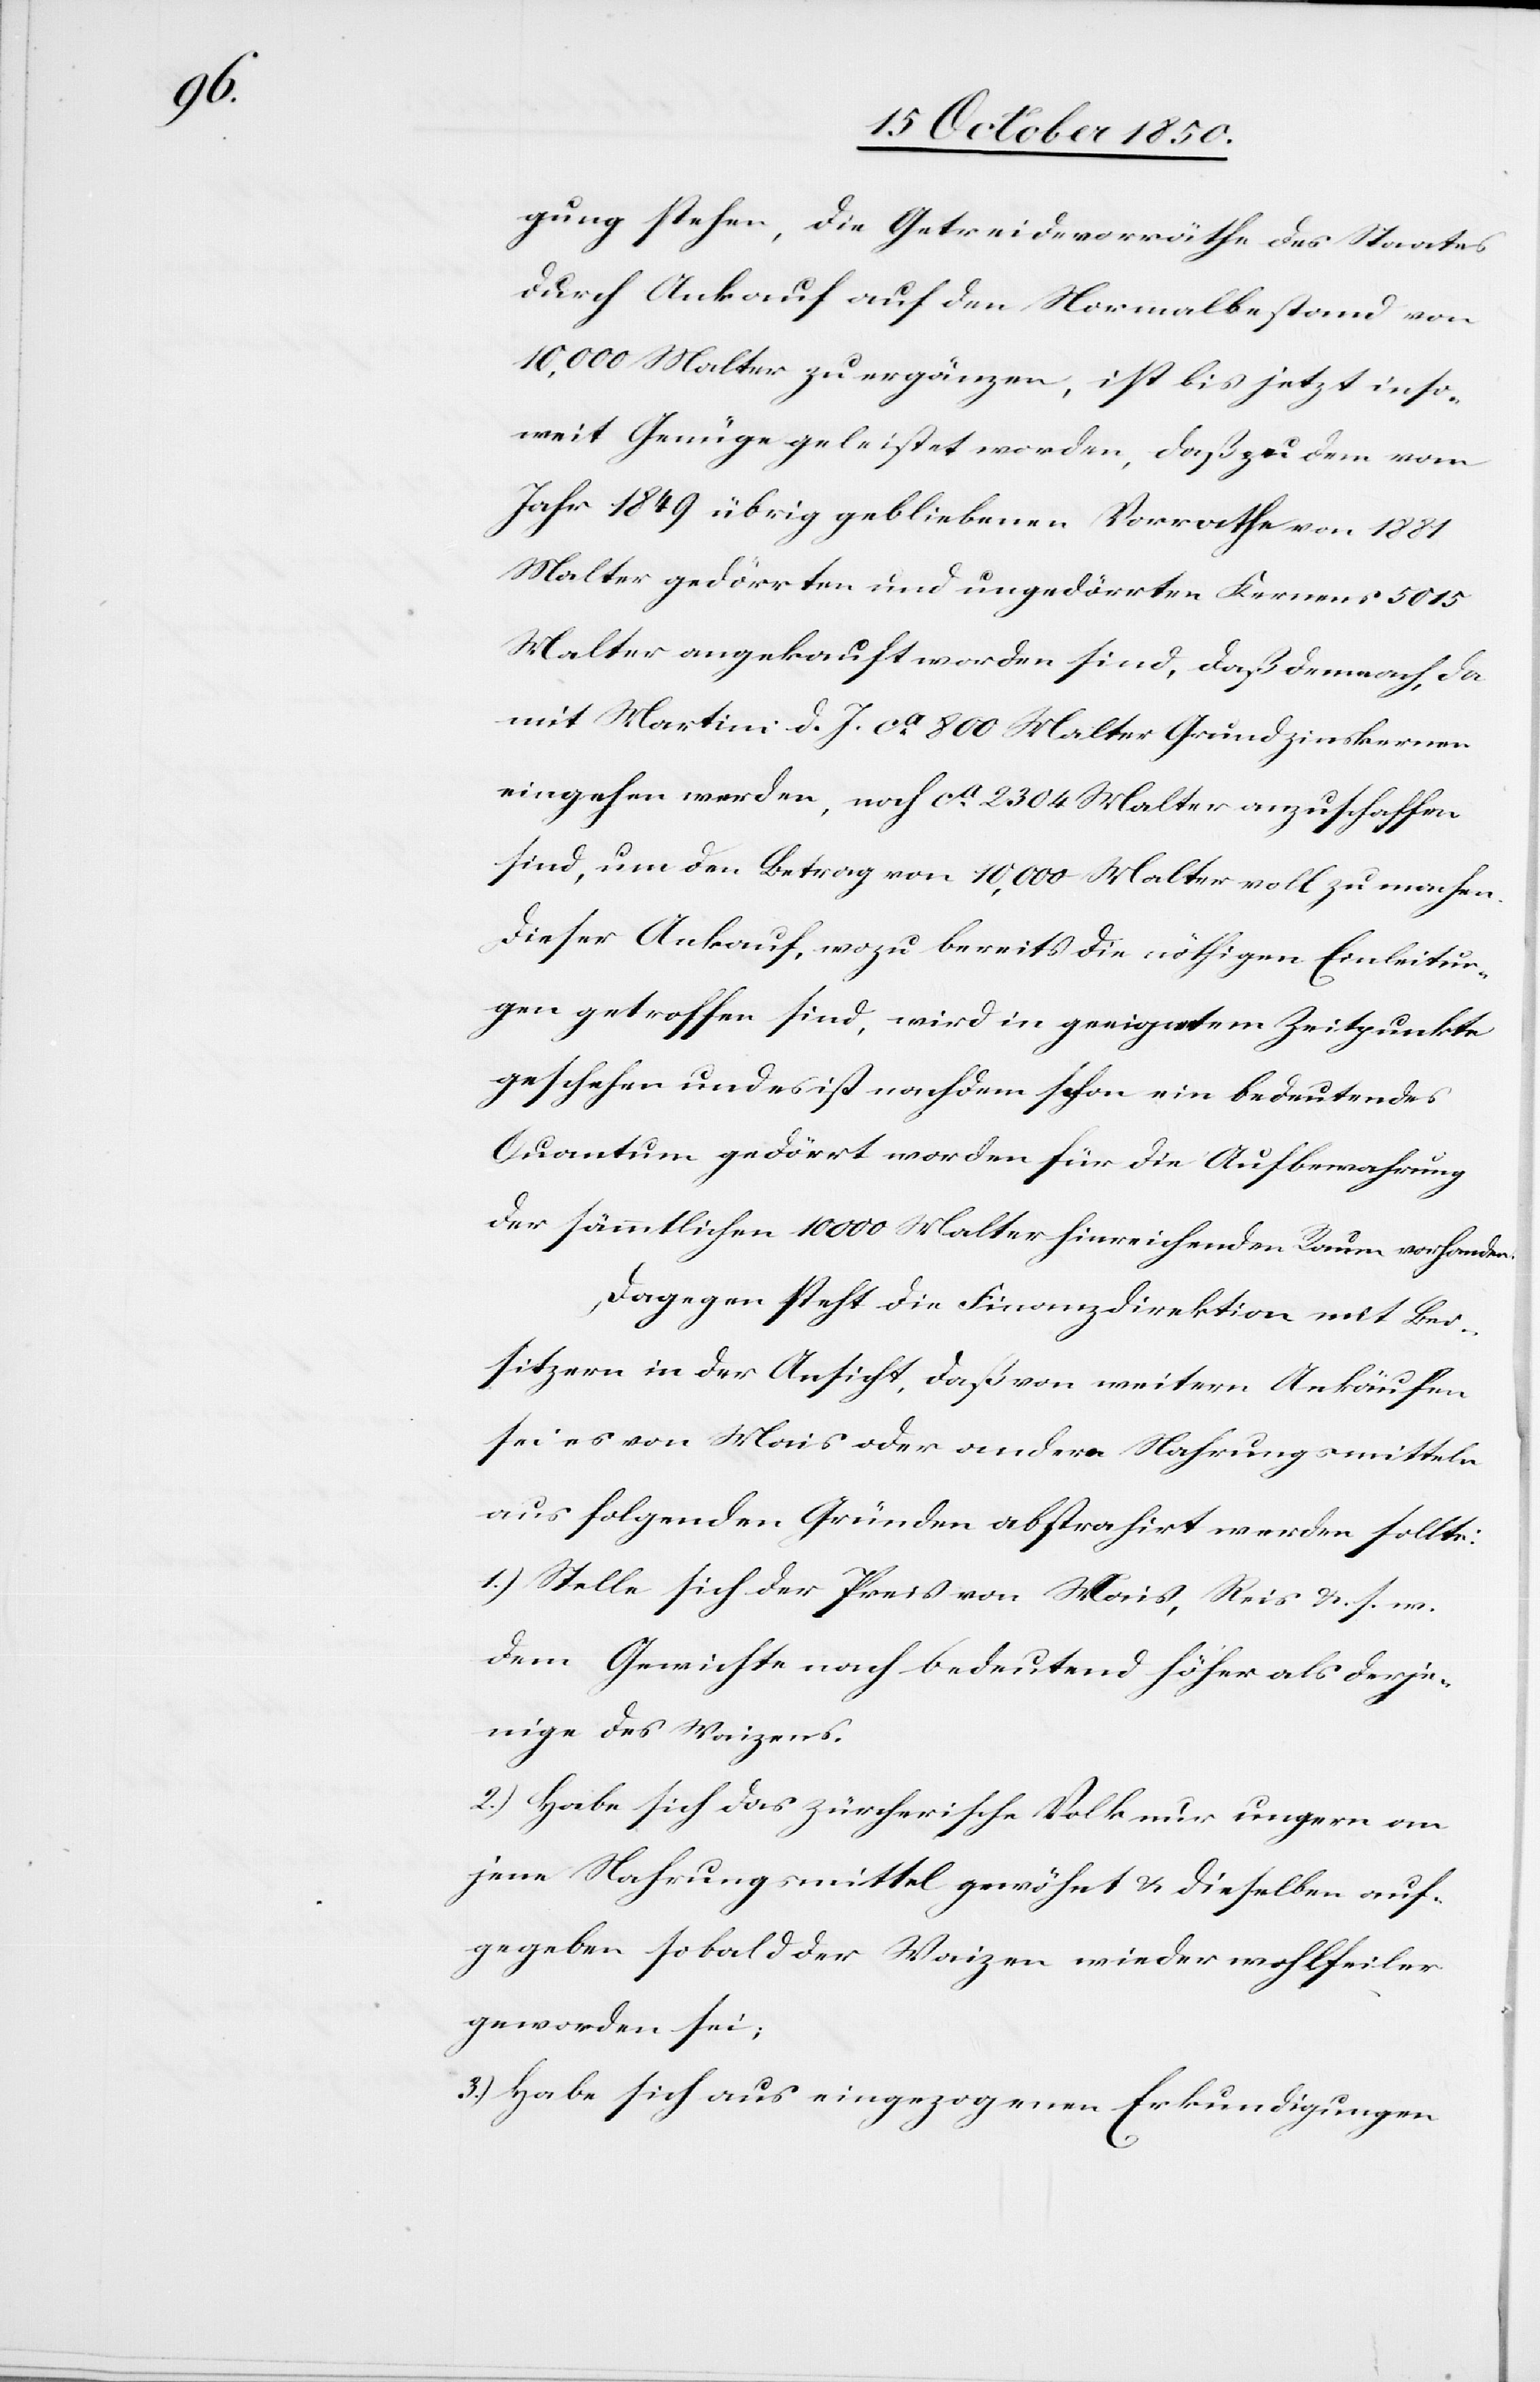
gung stehen, die Getreidevorräthe des Staates
durch Ankauf auf den Normalbestand von
10,000 Malter zu ergänzen, ist bis jetzt inso¬
weit Genüge geleistet worden, daß zu dem vom
Jahr 1849 übrig gebliebenen Vorrathe von 1881
Malter gedörrten und ungedörrten Kernens 5015
Malter angekauft worden sind, daß demnach, da
mit Martini d. J. ca 800 Malter Grundzinskernen
eingehen werden, noch ca 800 Malter anzuschaffen
sind, um den Betrag von 10,000 Malter voll zu machen.
Dieser Ankauf, wozu bereits die nöthigen Einleitun¬
gen getroffen sind, wird in geeignetem Zeitpunkte
geschehen und es ist nachdem schon ein bedeutendes
Quantum gedörrt worden für die Aufbewahrung
der sämmtlichen 10 000 Malter hinreichenden Raum vorhanden.
Dagegen steht die Finanzdirektion mit Bei¬
sitzern in der Ansicht, daß von weitern Ankäufen
sei es von Mais oder andern Nahrungsmitteln
aus folgenden Gründen abstrahirt werden sollte:
1.) Stelle sich der Preis von Mais, Reis &. s. w.
dem Gewichte nach bedeutend höher als derje¬
nige des Waizens.
2.) Habe sich das zürcherische Volk nur ungern an
jene Nahrungsmittel gewöhnt & dieselben auf¬
gegeben sobald der Waizen wieder wohlfeiler
geworden sei;
3.) Habe sich aus eingezogenen Erkundigungen